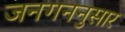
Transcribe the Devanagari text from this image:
जनगननुसार